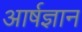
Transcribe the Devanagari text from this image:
आर्षज्ञान